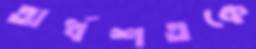
অর্ধশতকে